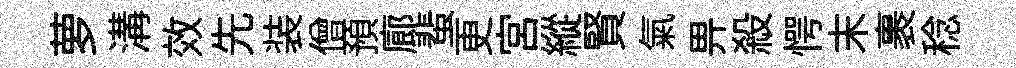
萝溝效先装僧預廊蜚更宫縱賢氣畀殺愕末裹稔